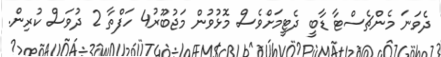
ދެވަަނަ މެންޗެސްޓާ ޑާބީ ދެޓީމަށްވެސް މޮޅުވުން މަޖުބޫރު4 ހަފްތާ 2 ދުވަސް ކުރިން.